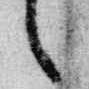
言